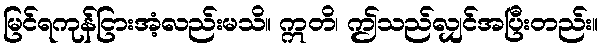
မြင်ရကုန်ငြားအံ့လည်းမသိ။ ဣတိ၊ ဤသည်လျှင်အပြီးတည်း။